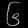
Digit: ၆